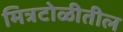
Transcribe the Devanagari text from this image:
मित्रटोळीतील